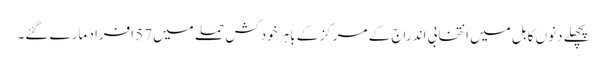
پچھلے دنوں کابل میں انتخابی اندراج کے مرکز کے باہر خودکش حملے میں57 افراد مارے گئے۔